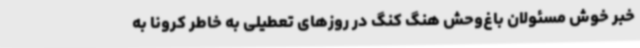
خبر خوش مسئولان باغ‌وحش هنگ کنگ در روزهای تعطیلی به خاطر کرونا به